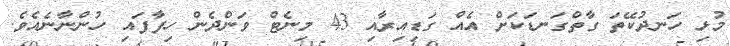
މުޅި ހަނދުކޭތަ ގާތްގަނޑަކަށް އެއް ގަޑިއިރާއި 43 މިނެޓް ވަންދެން ހިފާފައި ހުންނާނެއެވެ.